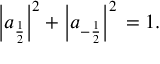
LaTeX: \left| a _ { \frac { 1 } { 2 } } \right| ^ { 2 } + \left| a _ { - { \frac { 1 } { 2 } } } \right| ^ { 2 } \, = 1 .